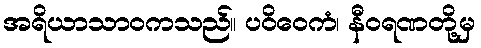
အရိယာသာဝကသည်။ ပဝိဝေကံ၊ နီဝရဏတို့မှ